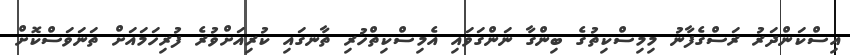
އިސްކަންދަރު ރަސްގެފާނު މިމިސްކިތުގެ ބިންގާ ނަންގަވައި އެމިސްކިތްހުރި ތާނގައި ކުރިއަށްވުރެ ފުރިހަމައަށް ތަނަވަސްކޮށް